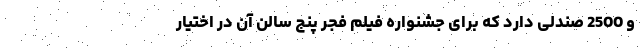
و 2500 صندلی دارد که برای جشنواره فیلم فجر پنج سالن آن در اختیار